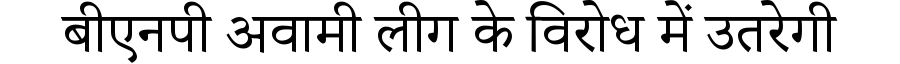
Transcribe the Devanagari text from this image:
बीएनपी अवामी लीग के विरोध में उतरेगी